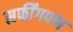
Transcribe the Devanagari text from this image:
सर्फींगपण